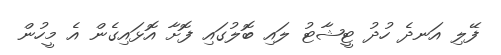
ފޭލި އަނދެ ހުދު ޓީޝާޓު ލައި ބޮލުގައި ފޮށާ އޮޅައިގެން އެ މީހުން